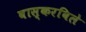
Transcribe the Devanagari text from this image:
बास्करबिले